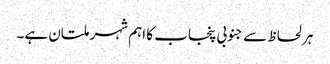
ہر لحاظ سے جنوبی پنجاب کا اہم شہر ملتان ہے۔